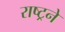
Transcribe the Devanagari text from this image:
राष्ट्रने